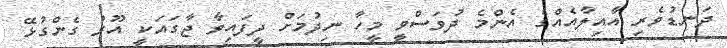
ދަނޑުވެރި އާއިލާއެއްގެ އެންމެ ދުވަސްވީ މީހާ ނިދުމަށް ދީފައިވާ ޖާގައަކީ އޫރު ގެންގުޅޭ